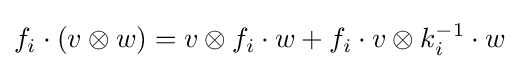
f_{i}\cdot (v\otimes w)=v\otimes f_{i}\cdot w+f_{i}\cdot v\otimes k_{i}^{-1}\cdot w